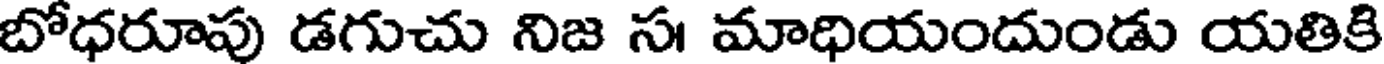
బోధరూపు డగుచు నిజ స। మాధియందుండు యతికి